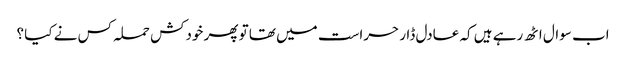
اب سوال اٹھ رہے ہیں کہ عادل ڈار حراست میں تھا تو پھر خودکش حملہ کس نے کیا ؟